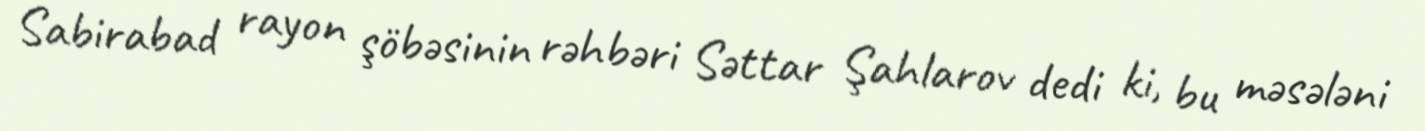
Sabirabad rayon şöbəsinin rəhbəri Səttar Şahlarov dedi ki, bu məsələni